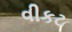
વીકટ